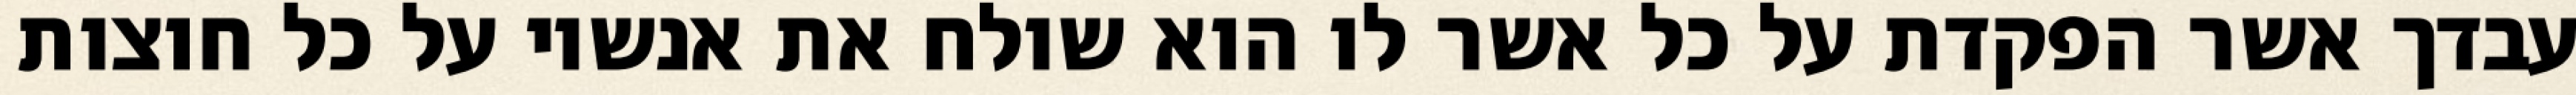
עבדך אשר הפקדת על כל אשר לו הוא שולח את אנשיו על כל חוצות